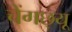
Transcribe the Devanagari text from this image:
चेंगछ्यू